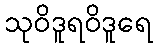
သုဝိဒူရဝိဒူရေ